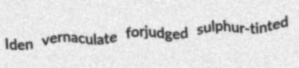
Iden vernaculate forjudged sulphur-tinted